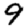
Digit: 9